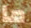
ما